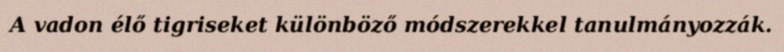
A vadon élő tigriseket különböző módszerekkel tanulmányozzák.